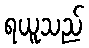
ရယူသည်